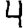
Digit: 4